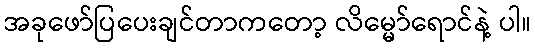
အခုဖော်ပြပေးချင်တာကတော့ လိမ္မော်ရောင်နဲ့ ပါ။